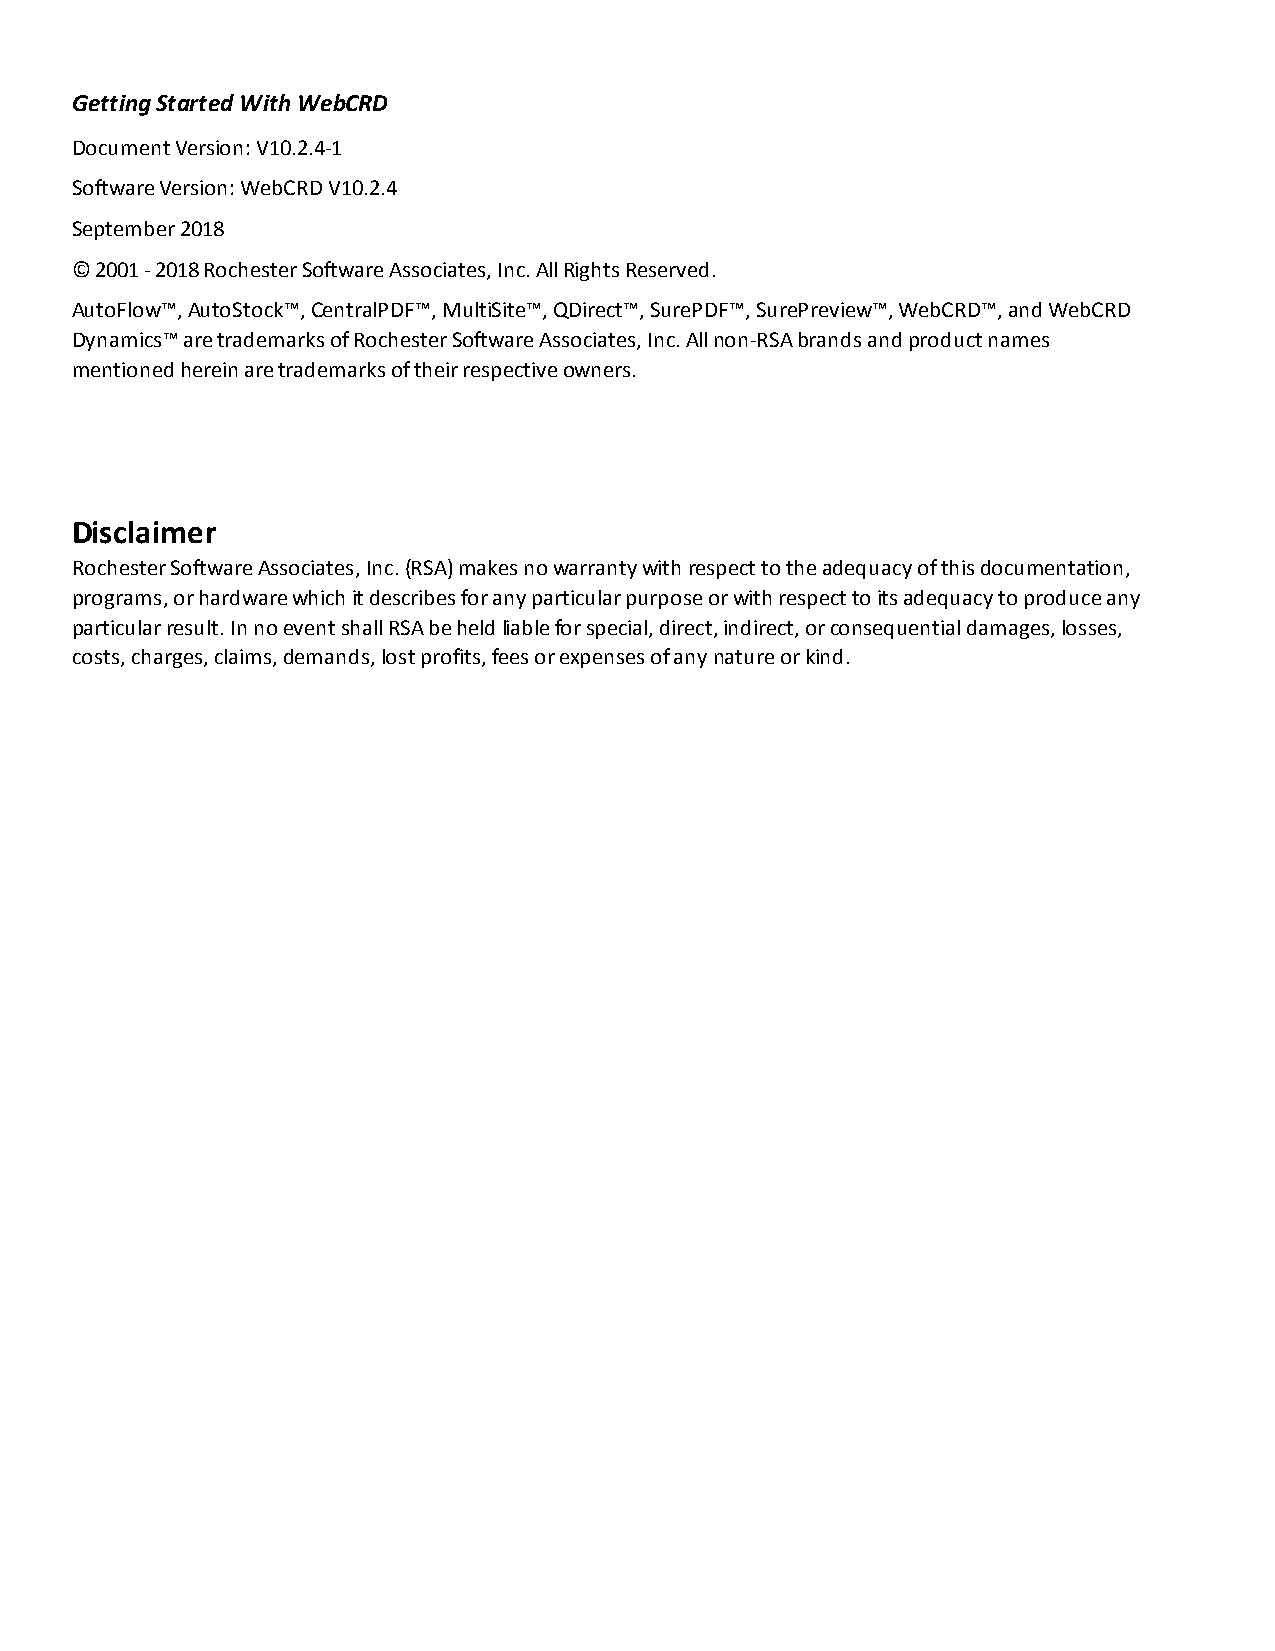
Getting Started With WebCRD
 Document Version: V10.2.4-1
 Software Version: WebCRD V10.2.4
 September 2018
 © 2001 - 2018 Rochester Software Associates, Inc. All Rights Reserved.
 AutoFlow™, AutoStock™, CentralPDF™, MultiSite™, QDirect™, S urePDF™, SurePreview™, WebCRD™, and WebCRD
 Dynamics™ are trademarks of Rochester Software Associates, Inc. All non-RSA brands and product names
 mentioned herein are trademarks of their respective owners.
 Disclaimer
 Rochester Software Associates, Inc. (RSA) makes no warranty with respect to the adequacy of this documentation,
 programs, or hardware which it describes for any particular purpose or with respect to its adequacy to produce any
 particular result. In no event shall RSA be held liable for special, direct, indirect, or consequential damages, losses,
 costs, charges, claims, demands, lost profits, fees or expenses of any nature or kind.